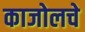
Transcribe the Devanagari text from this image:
काजोलचे